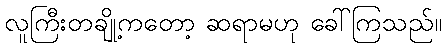
လူကြီးတချို့ကတော့ ဆရာမဟု ခေါ်ကြသည်။